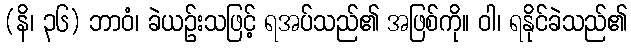
(နိ၊ ၃၆) ဘာဝံ၊ ခဲယဉ်းသဖြင့် ရအပ်သည်၏ အဖြစ်ကို။ ဝါ၊ ရနိုင်ခဲသည်၏